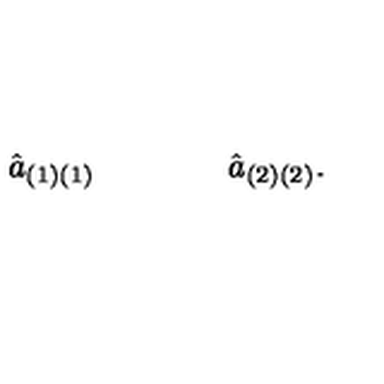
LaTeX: { \hat { a } } _ { ( 1 ) ( 1 ) } \qquad \qquad { \hat { a } } _ { ( 2 ) ( 2 ) } .